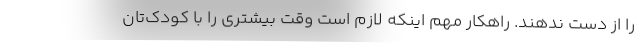
را از دست ندهند. راهکار مهم اینکه لازم است وقت بیشتری را با کودک‌تان